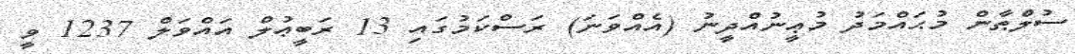
ސުލްޠާން މުޙައްމަދު މުޢީނުއްދީނު (އެއްވަނަ) ރަސްކަމުގައި 13 ރަބީޢުލް އައްވަލް 1237 ވީ